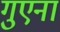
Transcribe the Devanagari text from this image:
गुएना